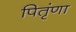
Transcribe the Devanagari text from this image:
पितृंणा